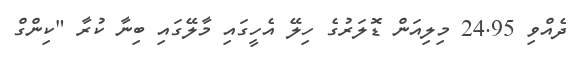
ދެއްވި 24.95 މިލިއަން ޑޮލަރުގެ ހިލޭ އެހީގައި މާލޭގައި ބިނާ ކުރާ "ކިންގް